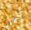
آخر